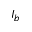
I _ { b }